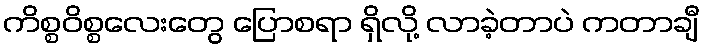
ကိစ္စဝိစ္စလေးတွေ ပြောစရာ ရှိလို့ လာခဲ့တာပဲ ကတာချီ